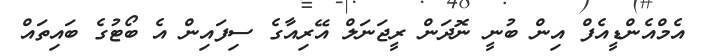
އެމްއެންޑީއެފް އިން ބުނީ ނޮދަން ރީޖަނަލް އޭރިއާގެ ސިފައިން އެ ބޯޓުގެ ބައިތައް